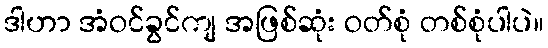
ဒါဟာ အံဝင်ခွင်ကျ အဖြစ်ဆုံး ဝတ်စုံ တစ်စုံပါပဲ။